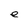
Character: e